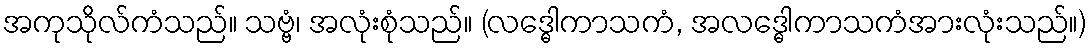
အကုသိုလ်ကံသည်။ သဗ္ဗံ၊ အလုံးစုံသည်။ (လဒ္ဓေါကာသကံ, အလဒ္ဓေါကာသကံအားလုံးသည်။)